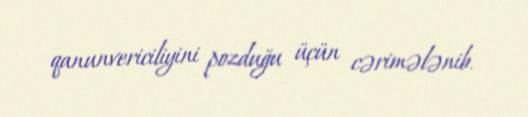
qanunvericiliyini pozduğu üçün cərimələnib.